Civil Veterinary Dept. Assam report 1911-1927 - 1911-1927
Year: 1911
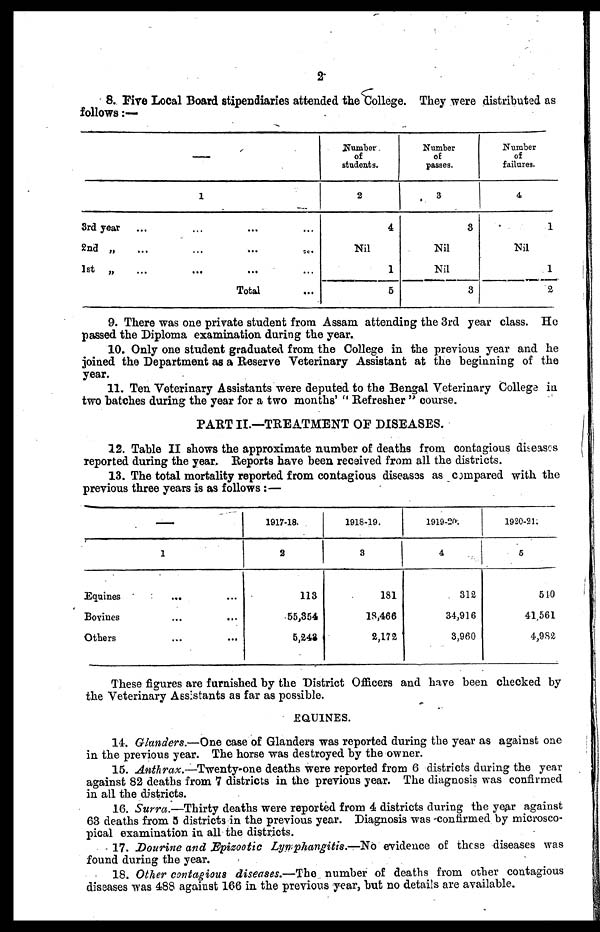
2
8. Fire Local Board stipendiaries attended the College. They were distributed as
follows:—
——
1
3rd year
2nd „
...
1st „
Total
Number
of
students.
2
4
Nil
1
5
Number
of
passes.
3
3
Nil
Nil
3
Number
of
failures.
4
1
Nil
1
2
9. There was one private student from Assam attending the 3rd year class. He
passed the Diploma examination during the year.
10. Only one student graduated from the College in the previous year and he
joined the Department as a Reserve Veterinary Assistant at the beginning of the
year.
11. Ten Veterinary Assistants were deputed to the Bengal Veterinary College in
two hatches during the year for a two months' " Refresher " course.
PARTII.—TREATMENT OF DISEASES.
12. Table II shows the approximate number of deaths from contagious diseases
reported during the year. Reports have been received from all the districts.
13. The total mortality reported from contagious diseases as compared with the
previous three years is as follows :—
—
1
Equines
...
Bovines
Others
1917-18.
2
113
55,354
5,242
1918-19.
3
181
18,466
2,172
1919-20.
4
312
34,916
3,960
1920-21.
5
510
41,561
4,983
These figures are furnished by the District Officers and have been checked by
the Veterinary Assistants as far as possible.
EQUINES.
14. Glanders.—One case of Glanders was reported during the year as against one
in the previous year. The horse was destroyed by the owner.
15. Anthrax.—Twenty-one deaths were reported from 6 districts during the year
against 82 deaths from 7 districts in the previous year. The diagnosis was confirmed
in all the districts.
16. Surra.—Thirty deaths were reported from 4 districts during the year against
63 deaths from 5 districts in the previous year. Diagnosis was confirmed by microsco-
pical examination in all the districts.
17. Dourine and Epizootic Lymphangitis.—No evidence of these diseases was
found during the year.
18. Other contagious diseases.—The number of deaths from other contagious
diseases was 488 against 166 in the previous year, but no details are available.